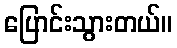
ပြောင်းသွားတယ်။